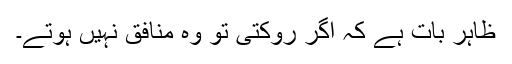
ظاہر بات ہے کہ اگر روکتی تو وہ منافق نہیں ہوتے۔